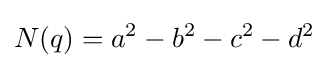
N(q)=a^{2}-b^{2}-c^{2}-d^{2}